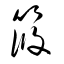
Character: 筱